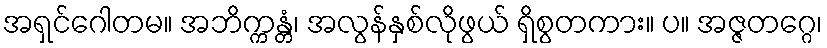
အရှင်ဂေါတမ။ အဘိက္ကန္တံ၊ အလွန်နှစ်လိုဖွယ် ရှိစွတကား။ ပ။ အဇ္ဇတဂ္ဂေ၊